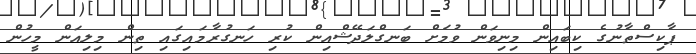
ޕާކިސްތާނުގެ ކިބައިން މިނިވަން ވުމަށް ބަނގްލަދޭޝްއިން ކުރި ހަނގުރާމައިގައި ތިން މިލިއަން މީހުން